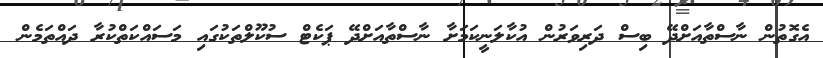
އެގޮތުން ނާސްތާއަށްދޭ ބިސް ދަރިވަރުން އުކާލަނީކަމަށާ ނާސްތާއަށްދޭ ޕަކެޓް ސުކޫލްތަކުގައި މަސައްކަތްކުރާ ދައްތަމެން